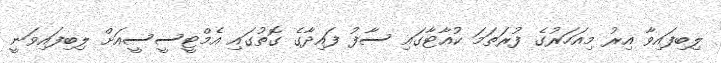
ލިބިފައިވާ އިރު މިއަހަރުގެ ފުރަތަމަ ކުއާޓާގައި ސާފު ފައިދާގެ ގޮތުގައި އެމްޓީސީސީއަށް ލިބިފައިވަނީ